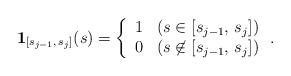
\begin{align*} \mathbf{1}_{[s_{j-1},\, s_{j}]}(s) = \left\{\begin{array}{ll} 1 & (s\in{[s_{j-1},\, s_{j}]}) \\ 0 & (s\not \in{[s_{j-1},\, s_{j}]})\end{array}\right..\end{align*}